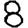
Digit: 8